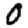
Digit: 0